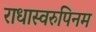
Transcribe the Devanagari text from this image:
राधास्वरुपिनम